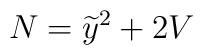
N  =  { {\widetilde y} }^2  +  2 V